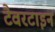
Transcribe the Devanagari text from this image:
टैवरटाइन